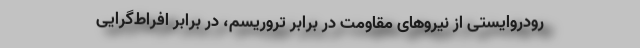
رودروایستی از نیروهای مقاومت در برابر تروریسم، در برابر افراط‌گرایی